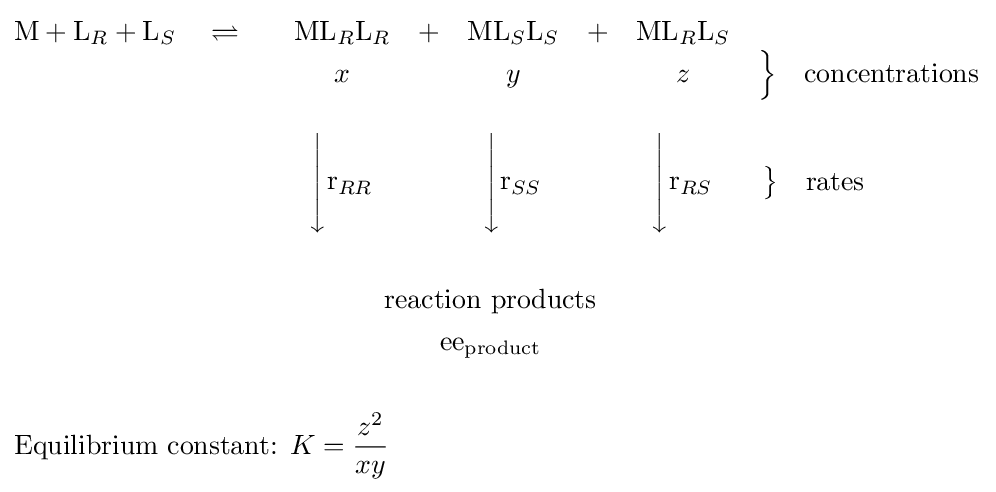
{\begin{aligned}&{\begin{matrix}\mathrm {M} +\mathrm {L} _{R}+\mathrm {L} _{S}\quad \rightleftharpoons \quad &\mathrm {ML} _{R}\mathrm {L} _{R}&+&\mathrm {ML} _{S}\mathrm {L} _{S}&+&\mathrm {ML} _{R}\mathrm {L} _{S}&\\&x&&y&&z&\left\}\quad {\overset {}{\text{concentrations}}}\right.\\&\\&\left\downarrow {\begin{matrix}\\\mathrm {r} _{RR}\\\\\end{matrix}}\right.&&\left\downarrow {\begin{matrix}\\\mathrm {r} _{SS}\\\\\end{matrix}}\right.&&\left\downarrow {\begin{matrix}\\\mathrm {r} _{RS}\\\\\end{matrix}}\right.&\left\}\quad {\overset {}{\text{rates}}}\right.\qquad \qquad \\\end{matrix}}\\\\&\qquad \qquad \qquad \qquad \qquad \qquad \;\;\;\;\;{\text{reaction products}}\\&\qquad \qquad \qquad \qquad \qquad \qquad \qquad \;\;\;\;\;{\text{ee}}_{\text{product}}\\\\&{\text{Equilibrium constant: }}K={\frac {z^{2}}{xy}}\end{aligned}}